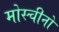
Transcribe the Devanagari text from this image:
मोस्चीनो